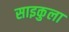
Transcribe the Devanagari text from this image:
साइकुला